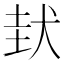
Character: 𡌤